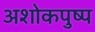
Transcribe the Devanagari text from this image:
अशोकपुष्प